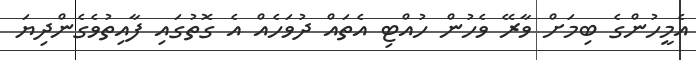
އެމީހުންގެ ބިމަށް ވާރޭ ވެހުން ހުއްޓި އެތައް ދުވަހެއް އެ ގޮތުގައި ފާއިތުވެގެންދިޔަ